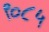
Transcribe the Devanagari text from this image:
९०८५